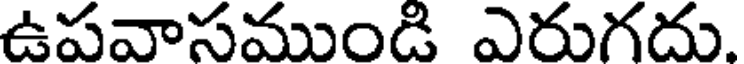
ఉపవాసముండి ఎరుగదు.